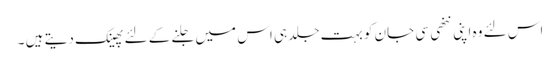
اس لئے وہ اپنی ننھی سی جان کو بہت جلد ہی اس میں جلنے کے لئے پھینک دیتے ہیں ۔